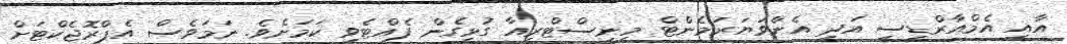
އާއި އެމްއާރްޑީސީ އަދި އެންވަޔަރަމެންޓް މިނިސްޓްރީއާ ގުޅިގެން ފެއްޓެވި ކަމަށެވެ. ނަމަވެސް އެޕްރޮޖެކްޓަށް